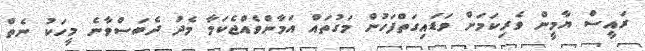
ރައީސް ޔާމީން ވެރިކަމަށް ވަޑައިގަތްފަހުން މަގުތައް އަމާންވެއްޖެކަމާ މެދު ދެބަސްވާނެ މީހަކު ނެތް